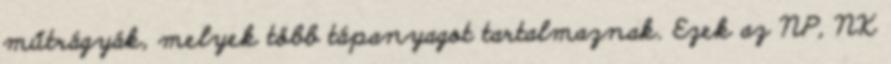
műtrágyák, melyek több tápanyagot tartalmaznak. Ezek az NP, NK